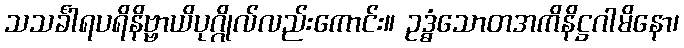
သသင်္ခါရပရိနိဗ္ဗာယိပုဂ္ဂိုလ်လည်းကောင်း။ ဥဒ္ဓံသောတအကိနိဋ္ဌဂါမိနော၊